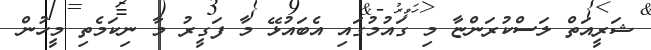
ޝަރީއަތް ލަސްކުރަންޏާ މި ގައުމުގައި އެބައުޅޭ މާ ފަގީރު މާ ނިކަމެތި މީހުން